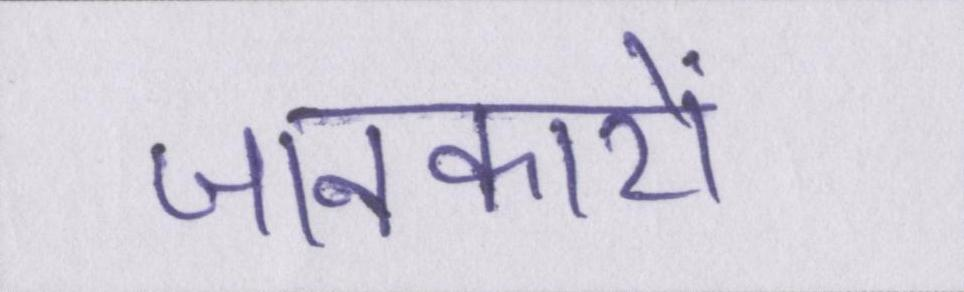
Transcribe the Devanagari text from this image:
जानकारों